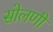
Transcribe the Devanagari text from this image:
सोलणी